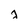
Character: j